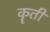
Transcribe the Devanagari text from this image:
कॄती